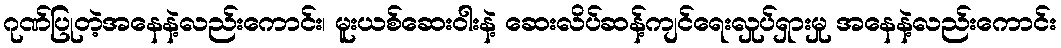
ဂုဏ်ပြုတဲ့အနေနဲ့လည်းကောင်း၊ မူးယစ်ဆေးဝါးနဲ့ ဆေးလိပ်ဆန့်ကျင်ရေးလှုပ်ရှားမှု အနေနဲ့လည်းကောင်း